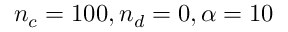
n _ { c } = 1 0 0 , n _ { d } = 0 , \alpha = 1 0